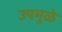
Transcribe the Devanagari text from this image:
उपमुळे